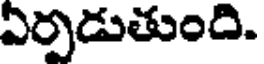
ఏర్పడుతుంది.